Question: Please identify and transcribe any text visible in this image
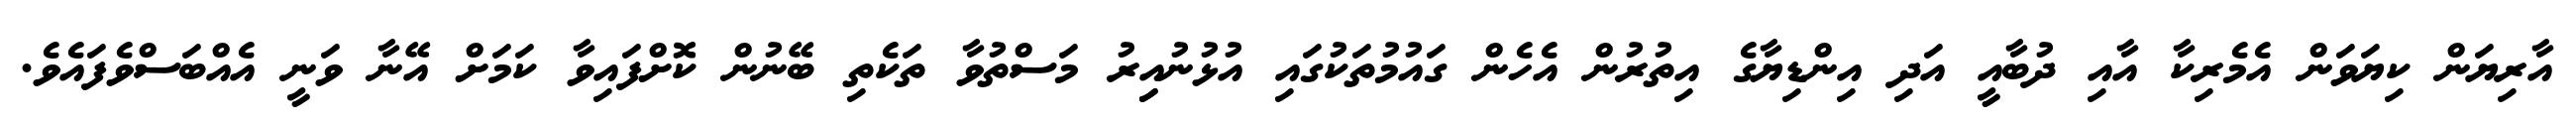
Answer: އާރިޔަން ކިޔަވަން އެމެރިކާ އާއި ދުބާއީ އަދި އިންޑިޔާގެ އިތުރުން އެހެން ގައުމުތަކުގައި އުޅުނުއިިރު މަސްތުވާ ތަކެތި ބޭނުން ކޮށްފައިވާ ކަމަށް އޭނާ ވަނީ އެއްބަސްވެފައެވެ.